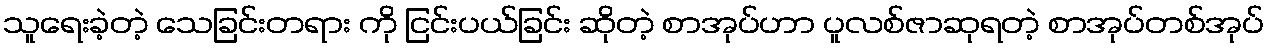
သူရေးခဲ့တဲ့ သေခြင်းတရား ကို ငြင်းပယ်ခြင်း ဆိုတဲ့ စာအုပ်ဟာ ပူလစ်ဇာဆုရတဲ့ စာအုပ်တစ်အုပ်